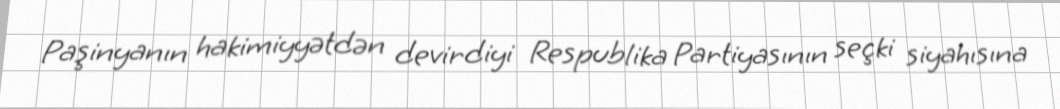
Paşinyanın hakimiyyətdən devirdiyi Respublika Partiyasının seçki siyahısına